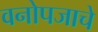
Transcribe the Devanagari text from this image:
वनोपजाचे